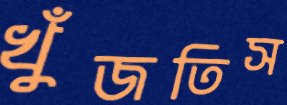
খুঁজতিস